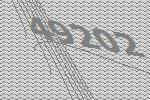
49202